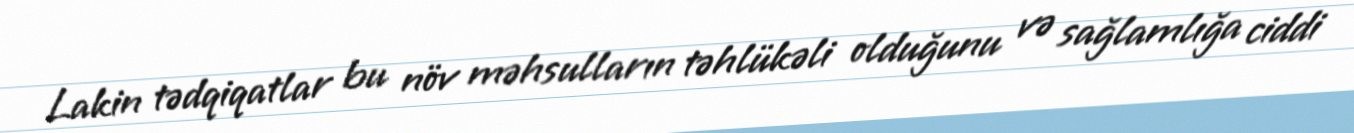
Lakin tədqiqatlar bu növ məhsulların təhlükəli olduğunu və sağlamlığa ciddi